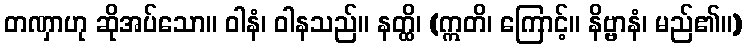
တဏှာဟု ဆိုအပ်သော။ ဝါနံ၊ ဝါနသည်။ နတ္ထိ၊ (ဣတိ၊ ကြောင့်။ နိဗ္ဗာနံ၊ မည်၏။)